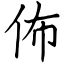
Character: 佈